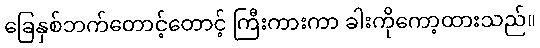
ခြေနှစ်ဘက်တောင့်တောင့် ကြီးကားကာ ခါးကိုကော့ထားသည်။